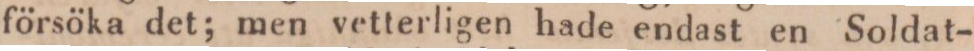
försöka det; men vetterligen hade endast en Soldat-